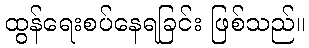
ထွန်ရေးစပ်နေရခြင်း ဖြစ်သည်။